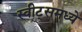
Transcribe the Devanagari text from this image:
स्वीट्‌समध्ये